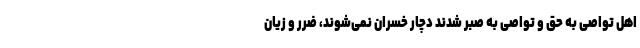
اهل تواصی به حق و تواصی به صبر شدند دچار خسران نمی‌شوند، ضرر و زیان